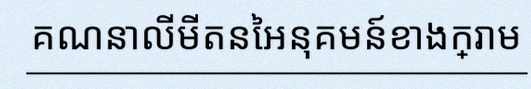
គណនាលីមីតនៃអនុគមន៍ខាងក្រោម